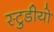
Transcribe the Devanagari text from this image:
स्टुडीयो